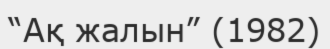
“Ақ жалын” (1982)